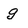
Character: g